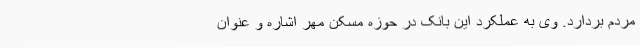
مردم بردارد. وی به عملکرد این بانک در حوزه مسکن مهر اشاره و عنوان